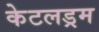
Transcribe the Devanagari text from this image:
केटलड्रम